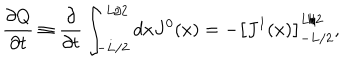
LaTeX: { \frac { \partial Q } { \partial t } } \equiv { \frac { \partial } { \partial t } } \int _ { - L / 2 } ^ { L / 2 } d x J ^ { 0 } ( x ) = - \left[ J ^ { 1 } ( x ) \right] _ { - L / 2 } ^ { L / 2 } ,